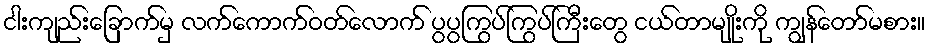
ငါးကျည်းခြောက်မှ လက်ကောက်ဝတ်လောက် ပွပွကြွပ်ကြွပ်ကြီးတွေ ငယ်တာမျိုးကို ကျွန်တော်မစား။